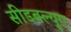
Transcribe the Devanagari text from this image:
सीडबल्यूए